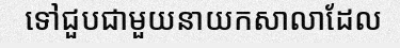
ទៅជួបជាមួយនាយកសាលាដែល